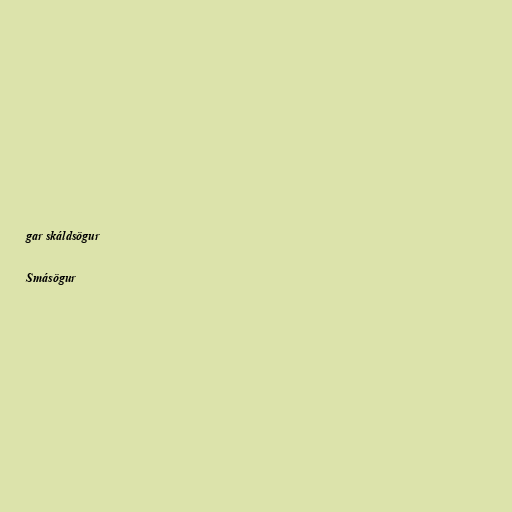
gar skáldsögur

Smásögur